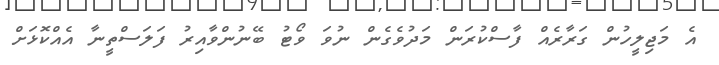
އެ މަޖިލީހުން ގަރާރެއް ފާސްކުރަން މަދުވެގެން ނުވަ ވޯޓު ބޭނުންވާއިރު ފަލަސްތީނާ އެއްކޮޅަށް